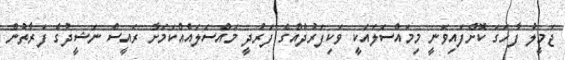
ޖަމީލު ފާހަގަ ކޮށްފައިވަނީ މިމައްސަލައަކީ ވަކިފަރުދެއްގެ ފަރުދީ މައްސަލައެއްކަމަށާ ރައީސް ނަޝީދުގެ ފަރާތުން